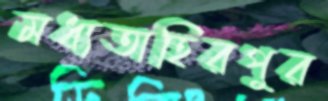
মধ্যতাহিরপুর